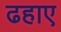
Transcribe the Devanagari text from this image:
ढहाए